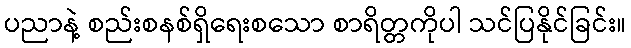
ပညာနဲ့ စည်းစနစ်ရှိရေးစသော စာရိတ္တကိုပါ သင်ပြနိုင်ခြင်း။